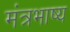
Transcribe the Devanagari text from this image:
मंत्रभाष्य